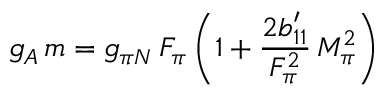
g _ { A } \, m = g _ { \pi N } \, F _ { \pi } \, \biggl ( 1 + \frac { 2 b _ { 1 1 } ^ { \prime } } { F _ { \pi } ^ { 2 } } \, M _ { \pi } ^ { 2 } \biggr )